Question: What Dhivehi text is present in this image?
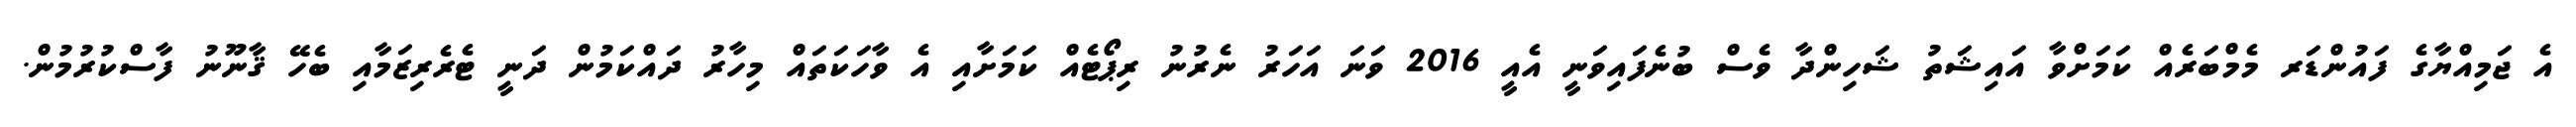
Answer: އެ ޖަމިއްޔާގެ ފައުންޑަރ މެމްބަރެއް ކަމަށްވާ އައިޝަތު ޝަހިންދާ ވެސް ބުނެފައިވަނީ އެއީ 2016 ވަނަ އަހަރު ނެރުނު ރިޕޯޓެއް ކަމަށާއި އެ ވާހަކަތައް މިހާރު ދައްކަމުން ދަނީ ޓެރެރިޒަމާއި ބެހޭ ޤާނޫނު ފާސްކުރުމުން.